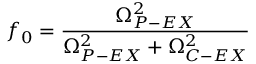
f _ { 0 } = \frac { \Omega _ { P - E X } ^ { 2 } } { \Omega _ { P - E X } ^ { 2 } + \Omega _ { C - E X } ^ { 2 } }